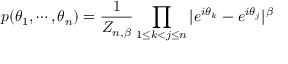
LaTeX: p ( \theta _ { 1 } , \cdots , \theta _ { n } ) = { \frac { 1 } { Z _ { n , \beta } } } \prod _ { 1 \leq k < j \leq n } | e ^ { i \theta _ { k } } - e ^ { i \theta _ { j } } | ^ { \beta }